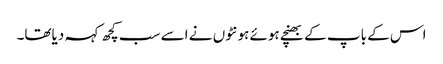
اس کے باپ کے بھنچے ہوئے ہونٹوں نے اسے سب کچھ کہہ دیاتھا۔